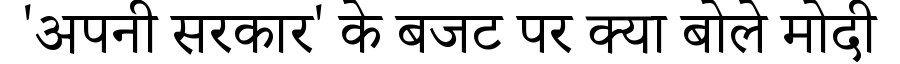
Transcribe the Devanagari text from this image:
'अपनी सरकार' के बजट पर क्या बोले मोदी